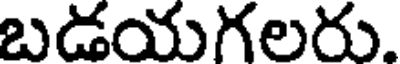
బడయగలరు.